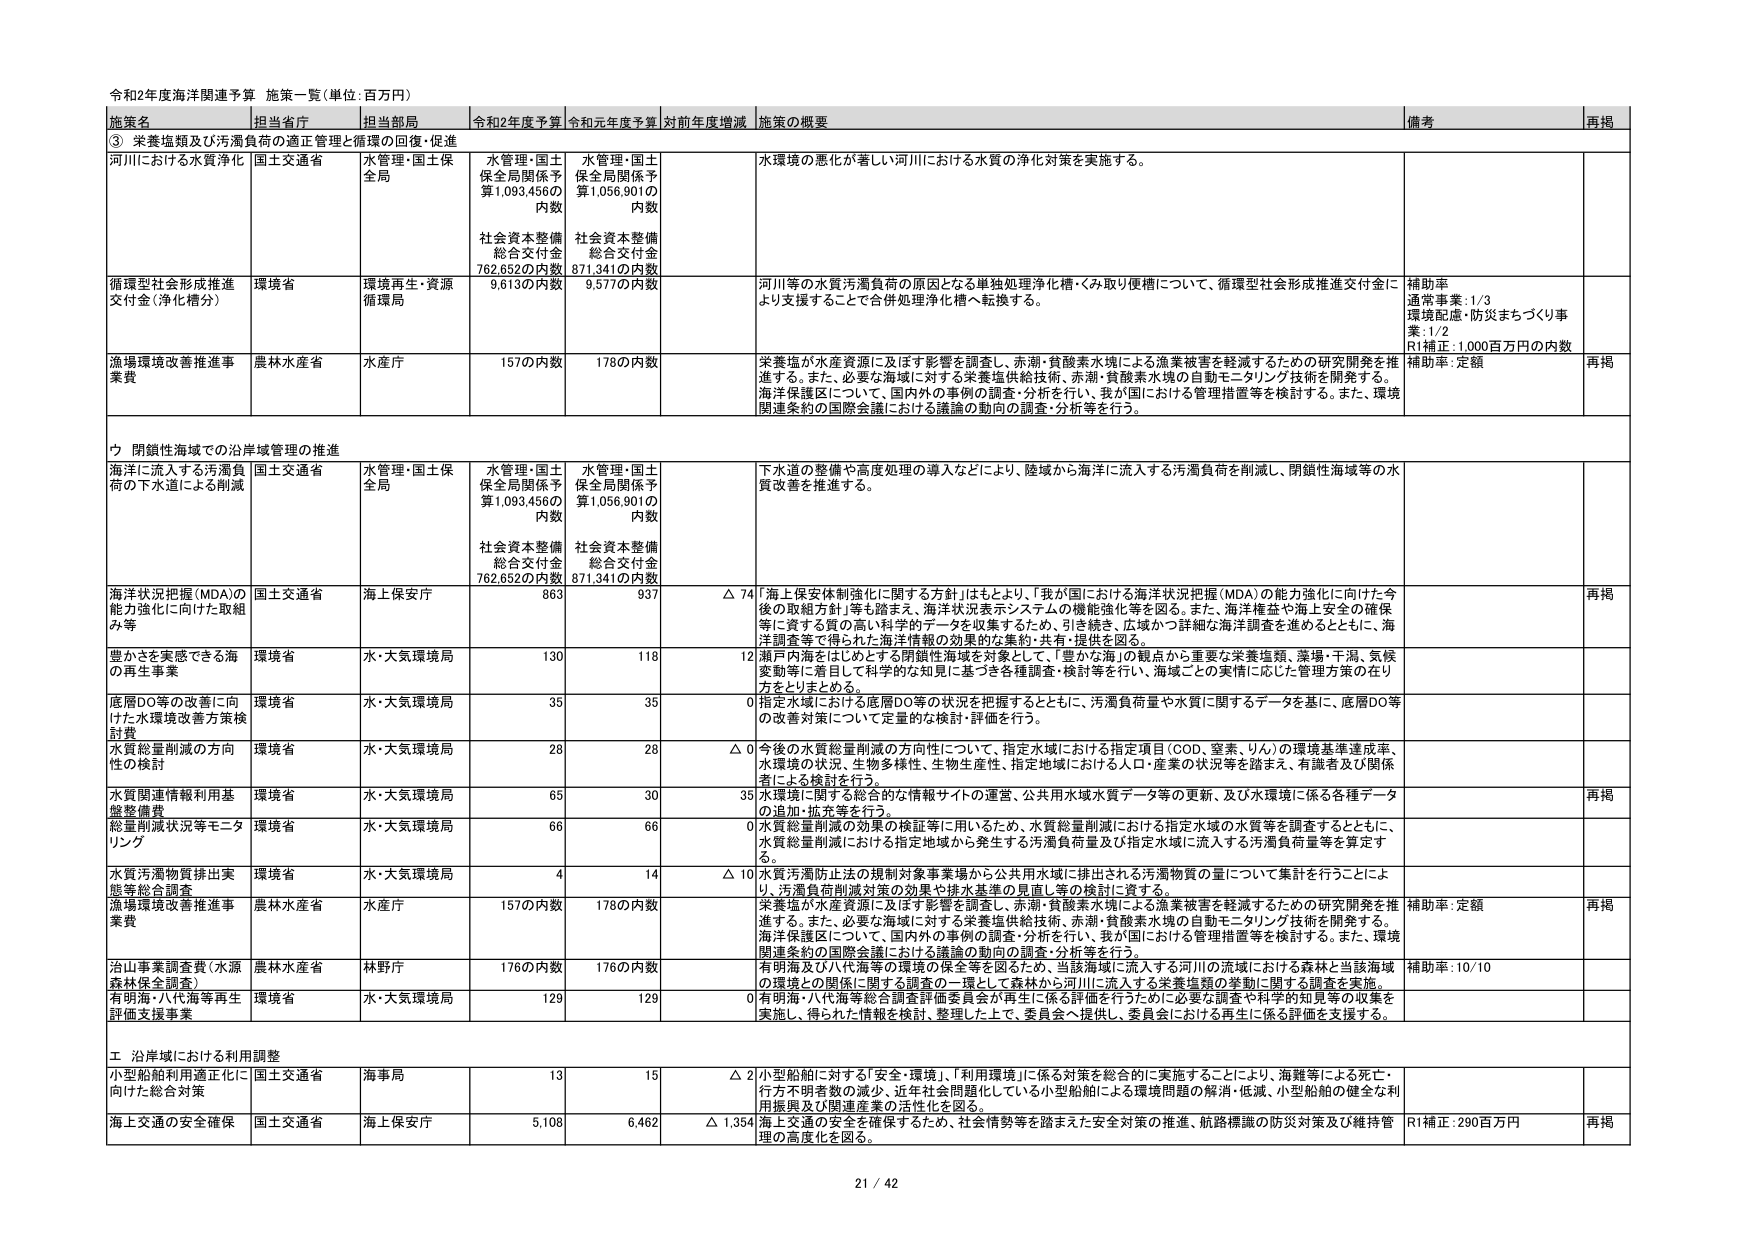
令和2年度海洋関連予算 施策一覧（単位：百万円）

施策名 担当省庁 担当部局 令和2年度予算 令和元年度予算 対前年度増減 施策の概要 備考 再掲

③ 栄養塩類及び汚濁負荷の適正管理と循環の回復・促進

河川における水質浄化 国土交通省 水管理・国土保全局 水管理・国土保全局関係予算1,093,456の内数 社会資本整備総合交付金762,652の内数 水管理・国土保全局関係予算1,056,901の内数 社会資本整備総合交付金871,341の内数 水環境の悪化が著しい河川における水質の浄化対策を実施する。

循環型社会形成推進交付金（浄化増分） 環境省 環境再生・資源循環局 9,613の内数 9,577の内数 河川等の水質汚濁負荷の原因となる単独処理浄化槽・くみ取り便槽について、循環型社会形成推進交付金により支援することで合併処理浄化槽へ転換する。 補助率 通常事業：1/3 環境配慮・防災まちづくり事業：1/2 R1補正：1,000百万円の内数

漁場環境改善推進事業費 農林水産省 水産庁 157の内数 178の内数 栄養塩が水産資源に及ぼす影響を調査し、赤潮・貧酸素水塊による漁業被害を軽減するための研究開発を推進する。また、必要な海域に対する栄養塩供給技術、赤潮・貧酸素水塊の自動モニタリング技術を開発する。海洋保護区について、国内外の事例の調査・分析を行い、我が国における管理措置等を検討する。また、環境関連条約の国際会議における議論の動向の調査・分析等を行う。 補助率：定額 再掲

ウ 閉鎖性海域での沿岸域管理の推進

海浜に流入する汚濁負荷の下水道による削減 国土交通省 水管理・国土保全局 水管理・国土保全局関係予算1,093,456の内数 社会資本整備総合交付金762,652の内数 水管理・国土保全局関係予算1,056,901の内数 社会資本整備総合交付金871,341の内数 下水道の整備や高度処理の導入などにより、陸域から海洋に流入する汚濁負荷を削減し、閉鎖性海域等の水質改善を推進する。

海洋状況把握（MDA）の能力強化に向けた取組み等 国土交通省 海上保安庁 863 937 △ 74 「海上保安体制強化に関する方針」はもとより、「我が国における海洋状況把握（MDA）の能力強化に向けた今後の取組方針」等も踏まえ、海洋状況表示システムの機能強化等を図る。また、海洋検査や海上安全の確保等に資する質の高い科学的データを収集するため、引き続き、広域かつ詳細な海洋調査を進めるとともに、海況調査等で得られた海洋情報の効果的な集約・共有・提供を図る。 再掲

豊かさを実感できる海の再生事業 環境省 水・大気環境局 130 118 12 瀬戸内海をはじめとする閉鎖性海域を対象として、「豊かな海」の観点から重要な栄養塩類、藻場・干潟、気候変動等に着目して科学的な知見に基づき各種調査・検討等を行い、海域ごとの実情に応じた管理方策の在り方をとりまとめる。

底層DO等の改善に向けた水環境改善方策検討費 環境省 水・大気環境局 35 35 0 指定水域における底層DO等の状況を把握するとともに、汚濁負荷量や水質に関するデータを基に、底層DO等の改善対策について定量的な検討・評価を行う。

水質総量削減の方向性の検討 環境省 水・大気環境局 28 28 △ 0 今後の水質総量削減の方向性について、指定水域における指定項目（COD、窒素、りん）の環境基準達成率、水環境の状況、生物多様性、生物生産性、指定地域における人口・産業の状況等を踏まえ、有識者及び関係者による検討を行う。

水質関連情報利用基盤整備費 環境省 水・大気環境局 65 30 35 水環境に関する総合的な情報サイトの運営、公共用水域水質データ等の更新、及び水環境に係る各種データの追加・拡充等を行う。 再掲

総量削減状況等モニタリング 環境省 水・大気環境局 66 66 0 水質総量削減の効果の検証等に用いるため、水質総量削減における指定水域の水質等を調査するとともに、水質総量削減における指定地域から発生する汚濁負荷量及び指定水域に流入する汚濁負荷量等を算定する。

水質汚濁物質排出実態等総合調査 環境省 水・大気環境局 4 14 △ 10 水質汚濁防止法の規制対象事業場から公共用水域に排出される汚濁物質の量について集計を行うことにより、汚濁負荷削減対策の効果や排水基準の見直し等の検討に資する。

漁場環境改善推進事業費 農林水産省 水産庁 157の内数 178の内数 栄養塩が水産資源に及ぼす影響を調査し、赤潮・貧酸素水塊による漁業被害を軽減するための研究開発を推進する。また、必要な海域に対する栄養塩供給技術、赤潮・貧酸素水塊の自動モニタリング技術を開発する。海洋保護区について、国内外の事例の調査・分析を行い、我が国における管理措置等を検討する。また、環境関連条約の国際会議における議論の動向の調査・分析等を行う。 補助率：定額 再掲

沿山事業調査費（水源森林保全調査） 農林水産省 林野庁 176の内数 176の内数 有明海及び八代海等の環境の保全等を図るため、当該海域に流入する河川の流域における森林と当該海域の環境との関係に関する調査の一環として森林から河川に流入する栄養塩類の挙動に関する調査を実施。 補助率：10/10

有明海・八代海等再生評価支援事業 環境省 水・大気環境局 129 129 0 有明海・八代海等総合調査評価委員会が再生に係る評価を行うために必要な調査や科学的知見等の収集を実施し、得られた情報を検討、整理した上で、委員会へ提供し、委員会における再生に係る評価を支援する。

エ 沿岸域における利用調整

小型船舶利用適正化に向けた総合対策 国土交通省 海事局 13 15 △ 2 小型船舶に対する「安全・環境」、「利用環境」に係る対策を総合的に実施することにより、海難等による死亡・行方不明者数の減少、近年社会問題化している小型船舶による環境問題の解消・低減、小型船舶の健全な利用振興及び関連産業の活性化を図る。

海上交通の安全確保 国土交通省 海上保安庁 5,108 6,462 △ 1,354 海上交通の安全を確保するため、社会情勢等を踏まえた安全対策の推進、航路標識の防災対策及び維持管理の高度化を図る。 R1補正：290百万円 再掲

21 / 42